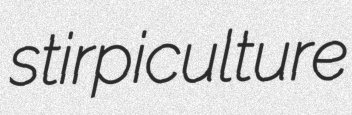
stirpiculture